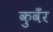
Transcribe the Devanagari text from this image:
कुवँर